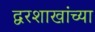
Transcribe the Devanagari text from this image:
द्वरशाखांच्या